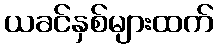
ယခင်နှစ်များထက်